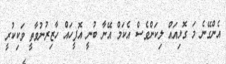
އެންގޭނެ މަ ގޮޅިއައް ލިކަންވެސް އެކަމް އޭނާ ބުނީ އޮފީހައް ހާޒިރުނުވާތީ ވަކިކުރީ